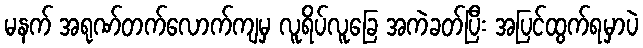
မနက် အရုဏ်တက်လောက်ကျမှ လူရိပ်လူခြေ အကဲခတ်ပြီး အပြင်ထွက်ရမှာပဲ